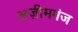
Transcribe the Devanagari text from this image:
अज़ीमगंज